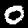
Digit: 0